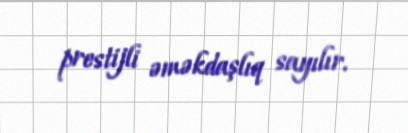
prestijli əməkdaşlıq sayılır.